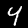
Label: 4